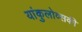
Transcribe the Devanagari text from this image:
यांकुलोव्सकी